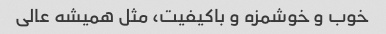
خوب و خوشمزه و باکیفیت، مثل همیشه عالی